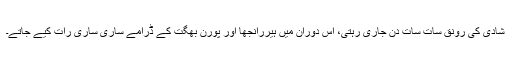
شادی کی رونق سات سات دن جاری رہتی، اس دوران میں ہیررانجھا اور پورن بھگت کے ڈرامے ساری ساری رات کیے جاتے۔